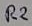
Text: R2